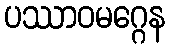
ပဿာဝမဂ္ဂေန